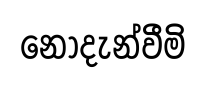
නොදැන්වීමි